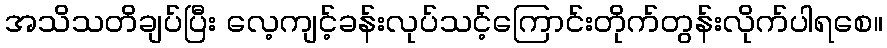
အသိသတိချပ်ပြီး လေ့ကျင့်ခန်းလုပ်သင့်ကြောင်းတိုက်တွန်းလိုက်ပါရစေ။